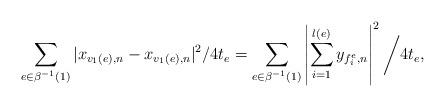
LaTeX: \begin{align*} \sum_{e \in \beta^{-1}(1)}|x_{v_1(e), n} - x_{v_1(e), n}|^2/4t_e &= \sum_{e \in \beta^{-1}(1)}\left|\sum_{i = 1}^{l(e)}y_{f^e_i, n}\right|^2\bigg/4t_e,\end{align*}